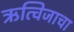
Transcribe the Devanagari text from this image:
ऋत्विजाचा